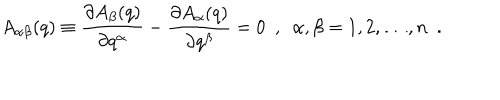
A _ { \alpha \beta } ( q ) \equiv \frac { \partial A _ { \beta } ( q ) } { \partial q ^ { \alpha } } - \frac { \partial A _ { \alpha } ( q ) } { \partial q ^ { \beta } } = 0 \ \ , \ \ \alpha , \beta = 1 , 2 , \dots , n \ \ .